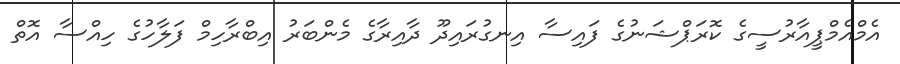
އެމްއެމްޕީއާރުސީގެ ކޮރަޕްޝަނުގެ ފައިސާ އިނގުރައިދޫ ދާއިރާގެ މެންބަރު އިބްރާހިމް ފަލާހުގެ ހިއްސާ އޮތް